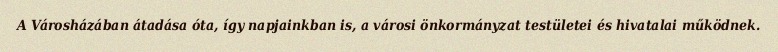
A Városházában átadása óta, így napjainkban is, a városi önkormányzat testületei és hivatalai működnek.